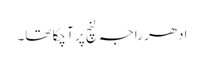
ادھر راجہ لنچ پر آ چکا تھا۔